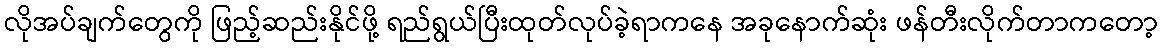
လိုအပ်ချက်တွေကို ဖြည့်ဆည်းနိုင်ဖို့ ရည်ရွယ်ပြီးထုတ်လုပ်ခဲ့ရာကနေ အခုနောက်ဆုံး ဖန်တီးလိုက်တာကတော့